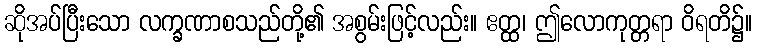
ဆိုအပ်ပြီးသော လက္ခဏာစသည်တို့၏ အစွမ်းဖြင့်လည်း။ ဧတ္ထ၊ ဤလောကုတ္တရာ ဝိရတိ၌။